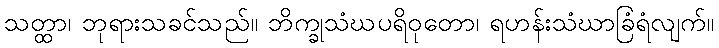
သတ္ထာ၊ ဘုရားသခင်သည်။ ဘိက္ခုသံဃပရိဝုတော၊ ရဟန်းသံဃာခြံရံလျက်။